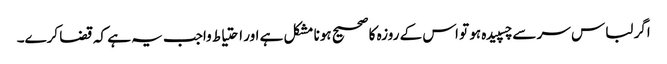
اگر لباس سر سے چسپیدہ ہو تو اس کے روزہ کا صحیح ہونا مشکل ہے اور احتیاط واجب یہ ہے کہ قضا کرے۔